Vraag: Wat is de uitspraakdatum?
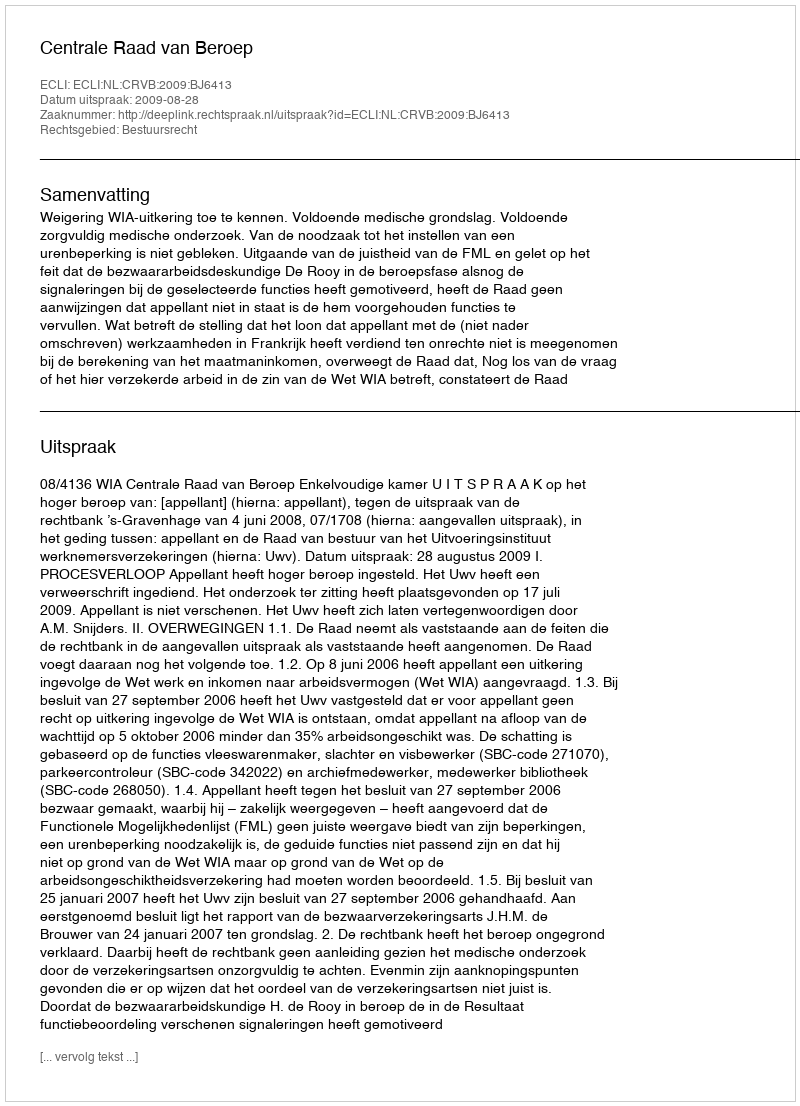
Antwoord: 2009-08-28